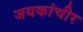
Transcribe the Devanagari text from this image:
जयकांचीर